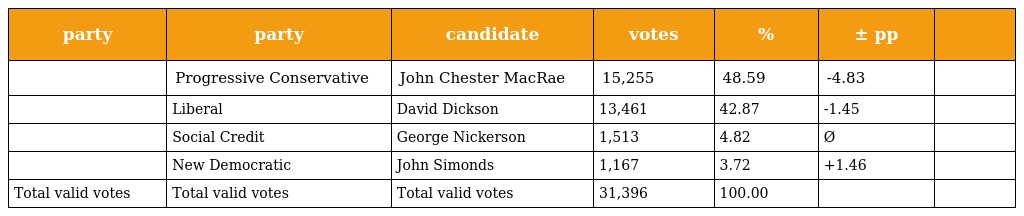
| party | party | candidate | votes | % | ± pp |  |
 | --- | --- | --- | --- | --- | --- | --- |
 |  | Progressive Conservative | John Chester MacRae | 15,255 | 48.59 | -4.83 |  |
 |  | Liberal | David Dickson | 13,461 | 42.87 | -1.45 |  |
 |  | Social Credit | George Nickerson | 1,513 | 4.82 | Ø |  |
 |  | New Democratic | John Simonds | 1,167 | 3.72 | +1.46 |  |
 | Total valid votes | Total valid votes | Total valid votes | 31,396 | 100.00 |  |  |